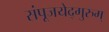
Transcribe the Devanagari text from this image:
संपूजयेद्गुरुम्